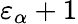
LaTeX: \varepsilon_{\alpha}+1